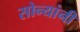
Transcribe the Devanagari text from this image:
सोन्यांनी